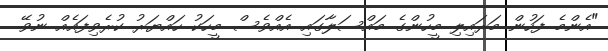
"އެންމެ ފަހުން މަރައިލި މީހުންގެ މައްސަލާގައި އެއްވެސް މީހަކު ހައްޔަރު ކުރެވިފައެއް ނުވޭ.